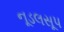
નૂડલસૂપ